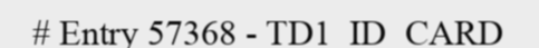
# Entry 57368 - TD1_ID_CARD